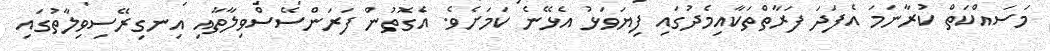
މަސައްކަތް ކުރާނަމަ އެފަދަ ފަރާތްތަކާއިމެދުގައި ފިޔަވަޅު އެޅޭނެ ކަމަށެވެ. އެގޮތުން ފަރަންސޭސްވިލާތާއި އިނގިރޭސިވިލާތުގައި